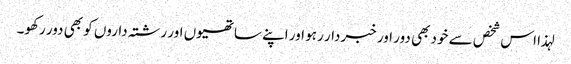
لہذا اس شخص سے خود بھی دور اور خبردار رہو اور اپنے ساتھیوں اور رشتہ داروں کو بھی دور رکھو۔